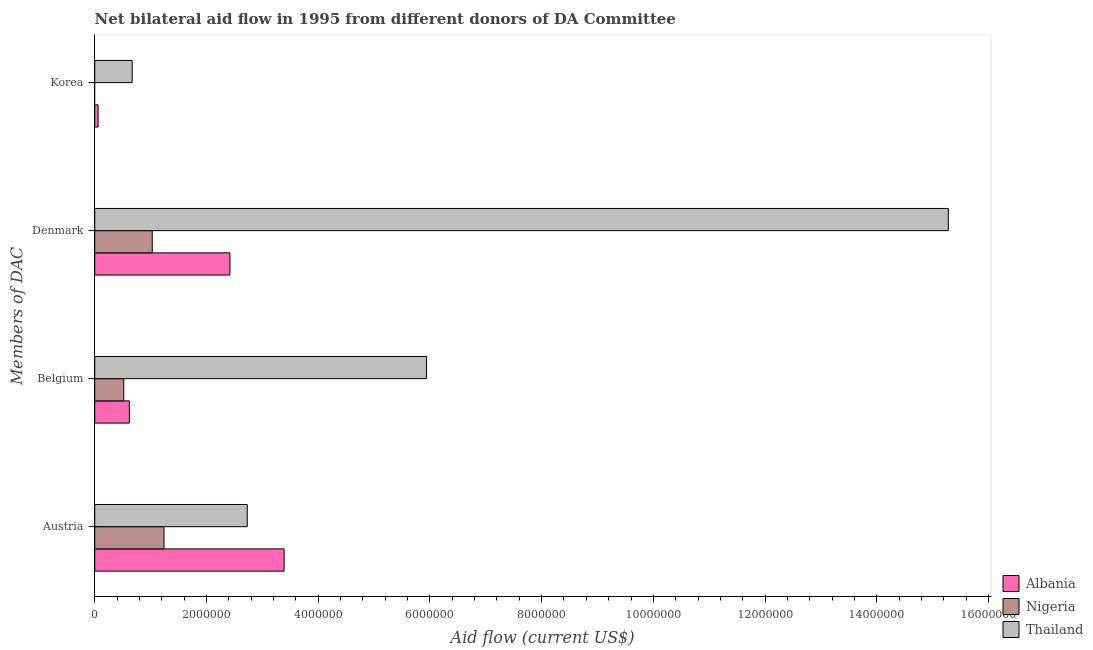
| Members of DAC | Albania | Nigeria | Thailand |
 | --- | --- | --- | --- |
 | Austria | 3.39e+06 | 1.24e+06 | 2.73e+06 |
 | Belgium | 6.2e+05 | 5.2e+05 | 5.94e+06 |
 | Denmark | 2.42e+06 | 1.03e+06 | 1.53e+07 |
 | Korea | 6e+04 | -5.2e+05 | 6.7e+05 |